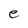
Character: e